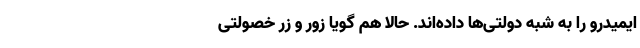
ایمیدرو را به شبه دولتی‌ها داده‌اند. حالا هم گویا زور و زر خصولتی